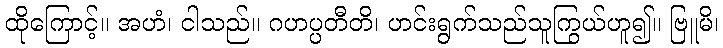
ထိုကြောင့်။ အဟံ၊ ငါသည်။ ဂဟပ္ပတီတိ၊ ဟင်းရွက်သည်သူကြွယ်ဟူ၍။ ဗြူမိ၊